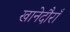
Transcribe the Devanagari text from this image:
खानेदौराँ